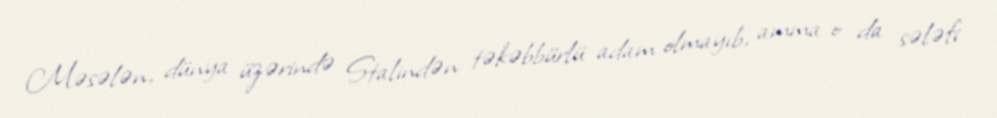
Məsələn, dünya üzərində Stalindən təkəbbürlü adam olmayıb, amma o da sələfi